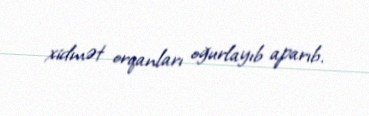
xidmət orqanları oğurlayıb aparıb.